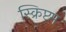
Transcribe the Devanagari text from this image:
स्क्रिप्टम